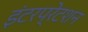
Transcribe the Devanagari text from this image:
इंटरप्रेटशन